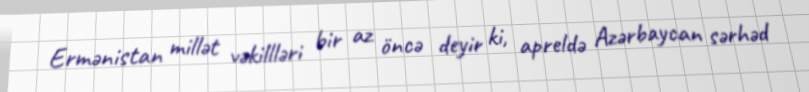
Ermənistan millət vəkillləri bir az öncə deyir ki, apreldə Azərbaycan sərhəd